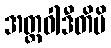
အတ္ထဝါဒီတိပိ